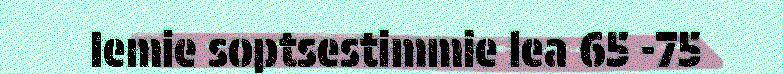
Iemie soptsestimmie lea 65 -75